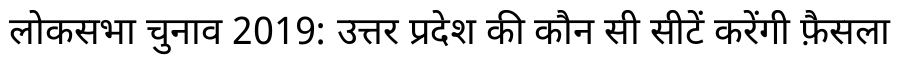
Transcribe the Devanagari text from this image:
लोकसभा चुनाव 2019: उत्तर प्रदेश की कौन सी सीटें करेंगी फ़ैसला